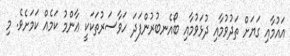
އައުމާއި ގަޔަށް ތަދުވުމާއި ދުޅަވުމާއި ބޯއެނބުރުންފަދަ ހަވާސަރުތަކަކީ ޢާންމު ކަމެއް ކަމަށެވެ. މި